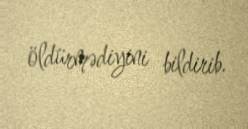
öldürmədiyini bildirib.